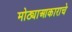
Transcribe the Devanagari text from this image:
मोठ्याआकाराचे